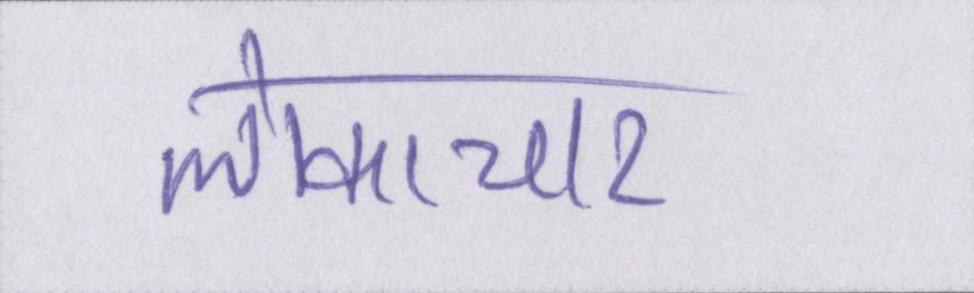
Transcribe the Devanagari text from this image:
लोकाचार